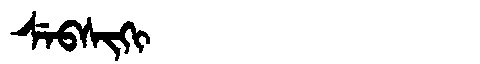
Manchu: ᠰᡝᠪᠰᡳᡴᡳ
Romanization: SEBSIKI